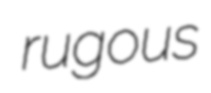
rugous